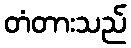
တံတားသည်